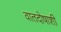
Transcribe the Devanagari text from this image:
वातदोषाशी